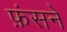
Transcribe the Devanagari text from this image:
फ़ंसने